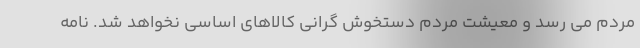
مردم می رسد و معیشت مردم دستخوش گرانی کالاهای اساسی نخواهد شد. نامه